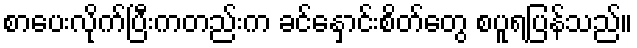
စာပေးလိုက်ပြီးကတည်းက ခင်နှောင်းစိတ်တွေ စပူရပြန်သည်။